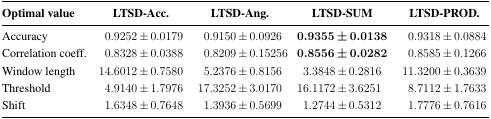
<table><thead><tr><td><b>Optimal value</b></td><td><b>LTSD-Acc.</b></td><td><b>LTSD-Ang.</b></td><td><b>LTSD-SUM</b></td><td><b>LTSD-PROD.</b></td></tr></thead><tbody><tr><td>Accuracy</td><td>0.9252 ± 0.0179</td><td>0.9150 ± 0.0926</td><td><b>0.9355 ± 0.0138</b></td><td>0.9318 ± 0.0884</td></tr><tr><td>Correlation coeff.</td><td>0.8328 ± 0.0388</td><td>0.8209 ± 0.15256</td><td><b>0.8556 ± 0.0282</b></td><td>0.8585 ± 0.1266</td></tr><tr><td>Window length</td><td>14.6012 ± 0.7580</td><td>5.2376 ± 0.8156</td><td>3.3848 ± 0.2816</td><td>11.3200 ± 0.3639</td></tr><tr><td>Threshold</td><td>4.9140 ± 1.7976</td><td>17.3252 ± 3.0170</td><td>16.1172 ± 3.6251</td><td>8.7112 ± 1.7633</td></tr><tr><td>Shift</td><td>1.6348 ± 0.7648</td><td>1.3936 ± 0.5699</td><td>1.2744 ± 0.5312</td><td>1.7776 ± 0.7616</td></tr></tbody></table>